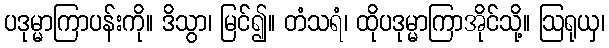
ပဒုမ္မာကြာပန်းကို။ ဒိသွာ၊ မြင်၍။ တံသရံ၊ ထိုပဒုမ္မာကြာအိုင်သို့။ ဩရုယှ၊